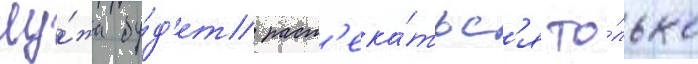
Лу́жа бу́д'ет раст'ека́тьс'я то́лько